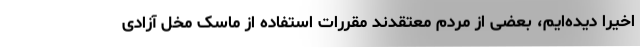
اخیراً دیده‌ایم، بعضی از مردم معتقدند مقررات استفاده از ماسک مخل آزادی